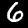
Digit: 6